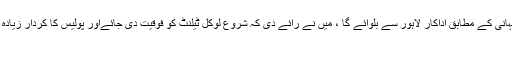
اداکار و دیگراں کی ذمہ داری امجد بخاری نے سنبھالی ، ہ وہ کہانی کے مطابق اداکار لاہور سے بلوائے گا ، میں نے رائے دی کہ شروع لوکل ٹیلنٹ کو فوقیت دی جائےاور پولیس کا کردار زیادہ رکھا جائے تاکہ وہ اجاگر ہوں ، پھربعد میں اداکار ڈالے جائیں-
لوکل اداکاروں کی تلاش شروع ہوئی ۔